Reports on dispensaries and lunatic asylums in the Province of Oudh - 1869-1876
Year: 1869
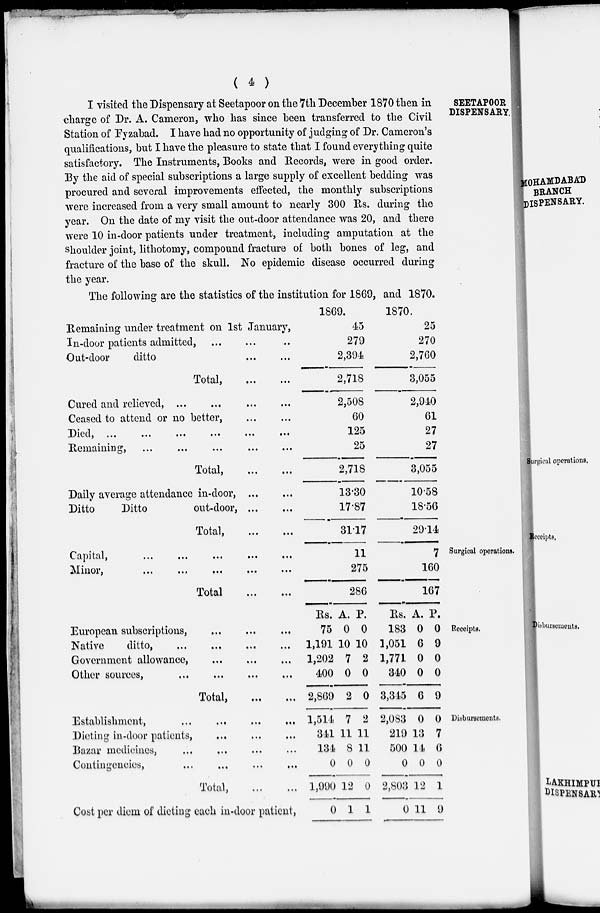
( 4 )
SEETAPOOR
DISPENSARY.
I visited the Dispensary at Seetapoor on the 7th December 1870 then in
charge of Dr. A. Cameron, who has since been transferred to the Civil
Station of Fyzabad. I have had no opportunity of judging of Dr. Cameron's
qualifications, but I have the pleasure to state that I found everything quite
satisfactory. The Instruments, Books and Records, were in good order.
By the aid of special subscriptions a large supply of excellent bedding was
procured and several improvements effected, the monthly subscriptions
were increased from a very small amount to nearly 300 Rs. during the
year. On the date of my visit the out-door attendance was 20, and there
were 10 in-door patients under treatment, including amputation at the
shoulder joint, lithotomy, compound fracture of both bones of leg, and
fracture of the base of the skull. No epidemic disease occurred during
the year.
The following are the statistics of the institution for 1869, and 1870.
Remaining under treatment on 1st January,
In-door patients admitted, ... ... ...
Out-door
ditto ... ...
Total,
...
...
Cured and relieved, ... ... ... ...
Ceased to attend or no better, ... ...
Died, ... ... ... ... ...
Remaining, ... ... ... ...
Total,
...
...
Daily average attendance in-door,
...
...
Ditto
Ditto
out-door,
...
...
Total,
...
...
1869.
45
279
2,394
2,718
2,508
60
125
25
2,718
13.30
17.87
31.17
1870.
25
270
2,760
3,055
2,940
61
27
27
3,055
10.58
18.56
29.14
Surgical operations.
Capital,
...
...
...
...
...
Minor,
...
...
...
...
...
Total
...
...
11
275
286
7
160
167
Receipts.
European subscriptions, ... ... ...
Native
ditto,
...
...
...
...
Government allowance, ... ... ...
Other sources,
... ... ... ...
Total,
...
...
Rs.
75
1,191
1,202
400
2,869
A.
0
10
7
0
2
P.
0
10
2
0
0
Rs.
183
1,051
1,771
340
3,345
A.
0
6
0
0
6
P.
0
9
0
0
9
Disbursements.
Establishment,
...
...
...
...
Dieting in-door patients,
... ... ...
Bazar medicines, ... ... ... ...
Contingencies, ... ... ... ...
Total,
...
...
Cost per diem of dieting each in-door patient,
1,514
341
134
0
1,990
0
7
11
8
0
12
1
2
11
11
0
0
1
2,083
219
500
0
2,803
0
0
13
14
0
12
11
0
7
6
0
1
9